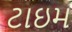
ટાઇમ